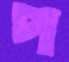
প